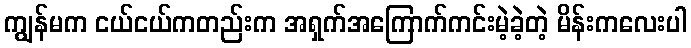
ကျွန်မက ငယ်ငယ်ကတည်းက အရှက်အကြောက်ကင်းမဲ့ခဲ့တဲ့ မိန်းကလေးပါ